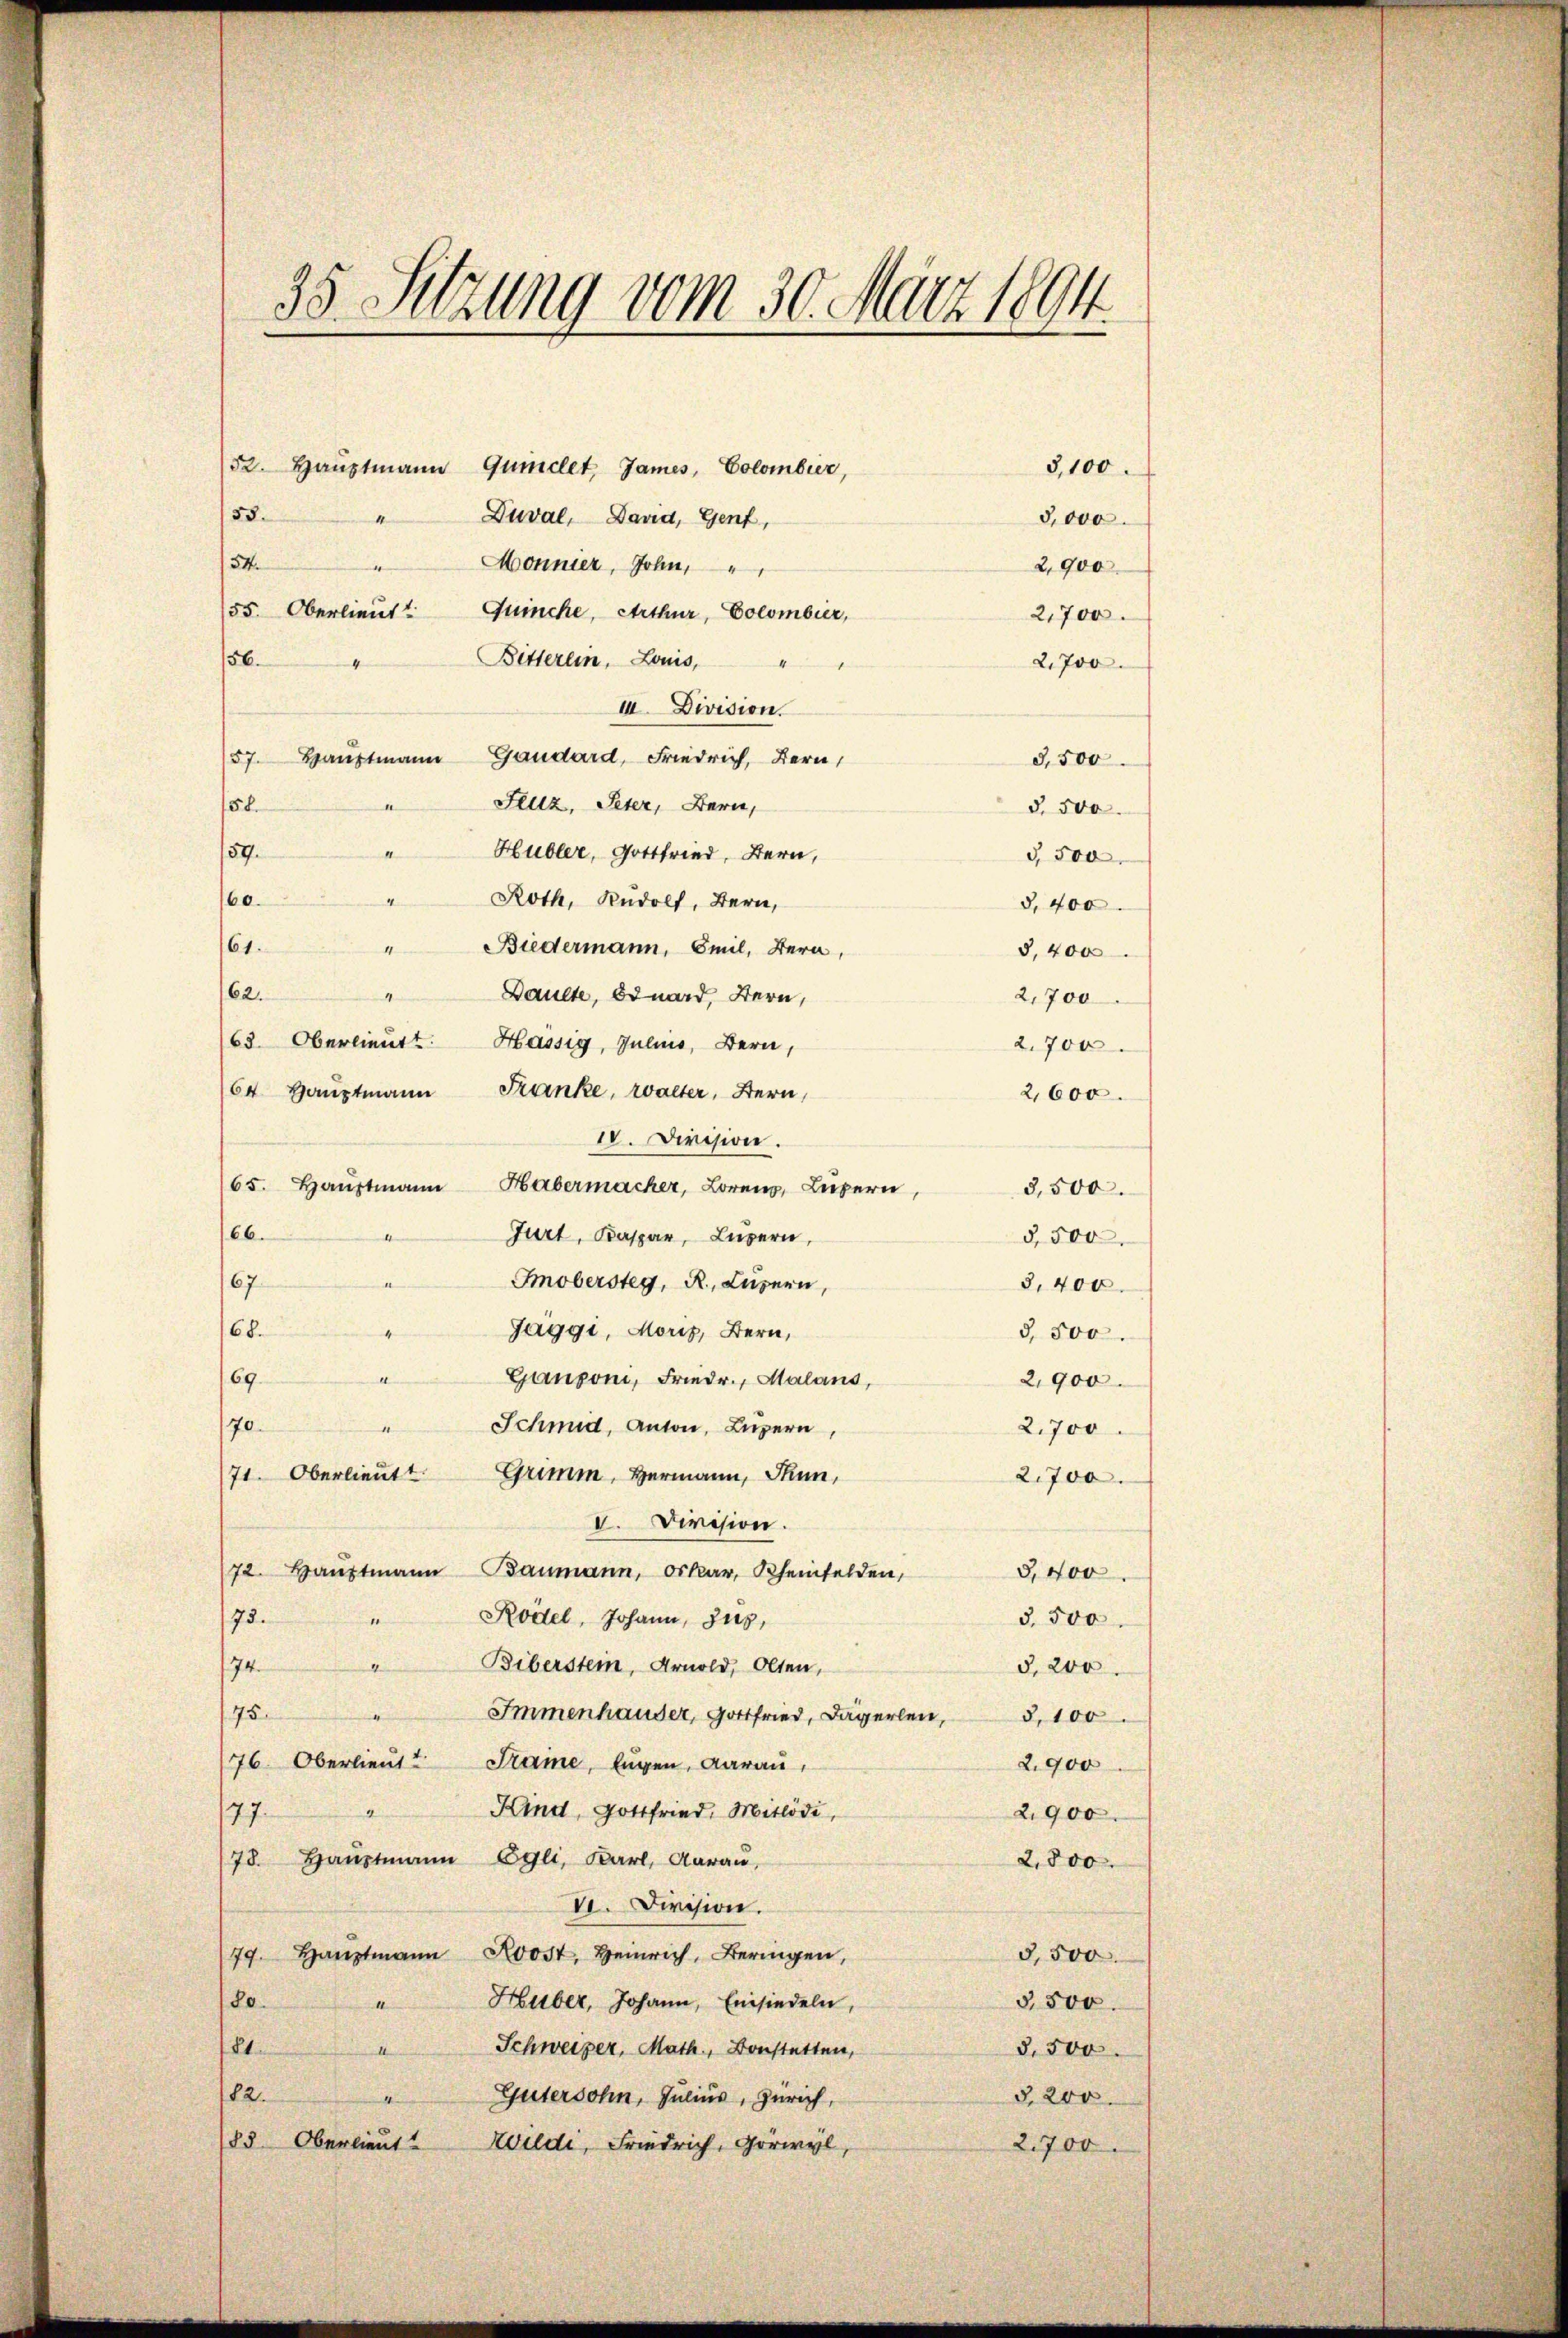
35. Setzung vom 30. März 1894.
52. Haŭptmann Quinclet, James, Colombier,
3,100.
53.
Duval, David, Genf,
3,000
t
134.
Monnier, John.
2,900
55. Oberlieut. Quinche, Arthur, Colombier,
2,700.
Bitterlin, Louis, "
156.
2,700

III. Division.
57. Haŭptmann Gaudard, Friedrich, Bern,
Slilz, Peter, Bern,
158.
159.
Hubler, Gottfried, Bern,
I
60.
Roth, Rudolf, Bern,
61. " Biedermann, Emil, Bern,
62.
Daulte, Bdward, Bern,
4
63. Oberlieutt Hassig, Julius, Bern,
64 Haŭptmann Franke, raeter, Stern,
IV. Division.
65. Haŭptmann Habermacher, Lorenz, Luzern,
66.
Jurt, Kaspar, Luzern,
Smobersteg, R. Luzern,
67.
168.
Jaggi, Moris, Bern,
Ganzoni, Friedr. Malans,
e
69.
70.
Schmid, Anton, Luzern,
71. Oberlieutt Grimm, Hermann, Thun,
V. Division.
72. Haŭptmann Baumann, Oskar, Rheinfelden,
Rödel, Johann, Zug,
I
73.
Biberstein, Arnold, Olten,
e
74.
75.
Immenhauser, Gottfried, Dägerlen,
76. Oberlieut. Staine, Eugen, darau,
Kind, Gottfried, Mitlödi,
177.
78. Haŭptmann Egli, Karl, Aarau,
VI. Division.
79. Haŭptmann Rost, Heinrich, Beringen,
80.
" Huber, Johann, Einsiedeln,
81. " Schweizer, Math., Bonstatten,
82.
4
Gütersohn, Julius, Zürich,
83. Oberlieŭt. Wildi, Friedrich, Gorwyl,

2,700

§. 500
§ 500
§. 400.
3, 400
2,700
2.700
2,600.
3,500.
5,500
8,400.
§. 500.
2,900
2,700

3,500.

§,400
3,500
§. 200
§. 100
2,900
2,900
2,800.
5,500
5500.
§.500.
§. 200
2,700.